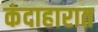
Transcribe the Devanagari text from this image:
कंदाहारात